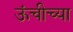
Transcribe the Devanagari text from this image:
ऊंचीच्या